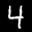
Label: 4